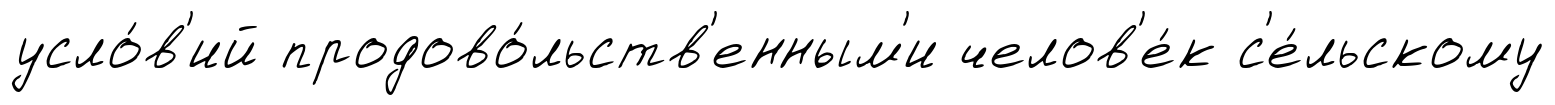
усло́в'ий продово́льств'енным'и челов'е́к с'е́льскому